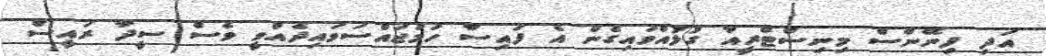
އަދި ފިނޭންސް މިނިސްޓްރީއާ ގުޅުއްވައިގެން އެ ފައިސާ ހަމަޖައްސަވައިދެއްވީ ވެސް ސީދާ ރައީސް